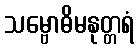
သမ္ဗောဓိမနုတ္တရံ